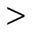
>